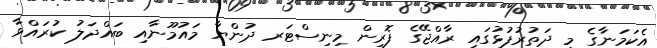
އެކަމަނާގެ މި ދަތުރުފުޅުގައި ރާއްޖޭގެ ފޮރިން މިނިސްޓަރ ދުންޔާ މައުމޫނާއި ބައްދަލު ކުރައްވާ